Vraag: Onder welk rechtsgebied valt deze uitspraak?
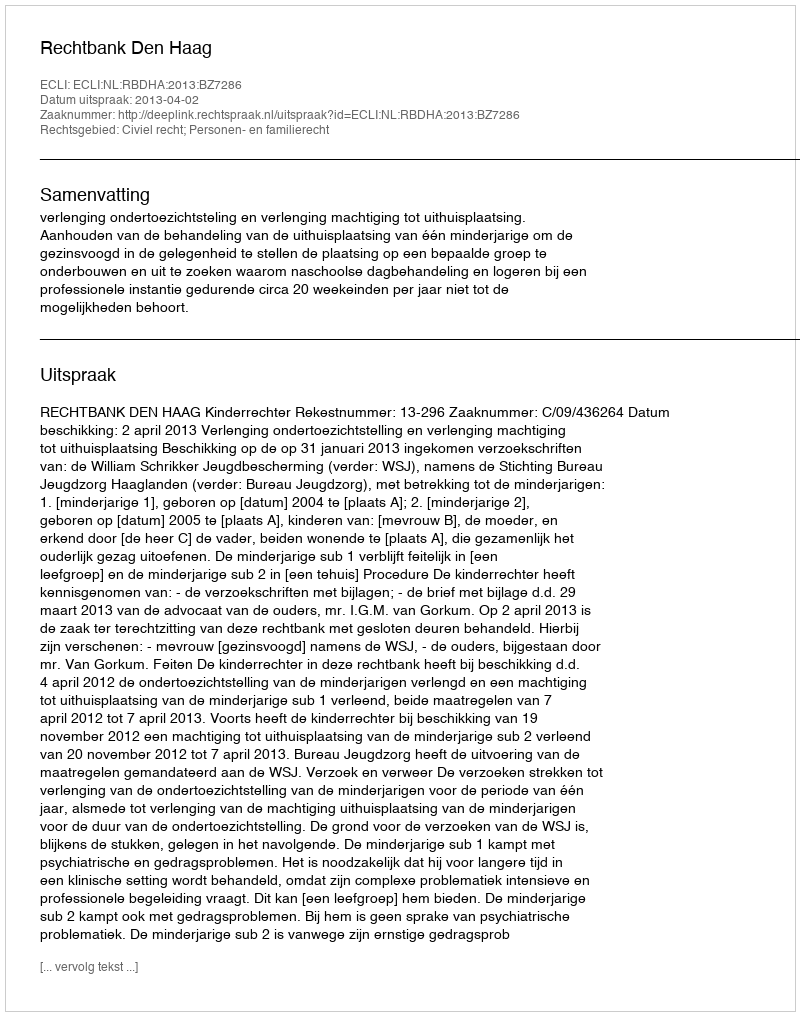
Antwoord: Civiel recht; Personen- en familierecht